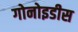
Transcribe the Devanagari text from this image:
गोनोइडीस